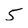
Character: 5